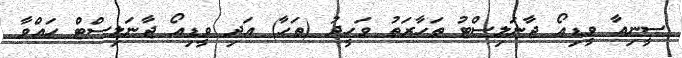
ސީނިއާ ވީޑިއޯ ޖާނަލިސްޓު ތަހާރަތު ވަހީދު (ތަހާ) އަދި ވީޑިއޯ ޖާނަލިސްޓް ހައްވާ